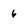
Character: 6